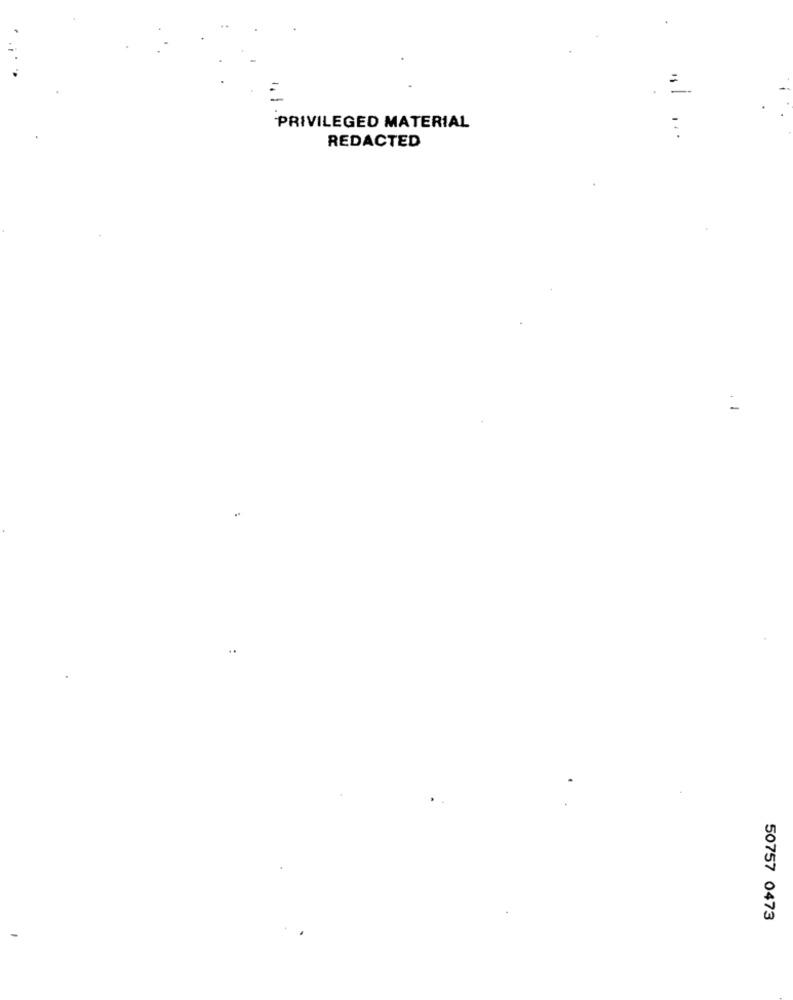
PRIVILEGED MATERIAL
...
REDACTED
50757 0473